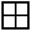
\boxplus